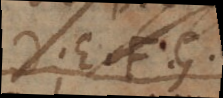
D, E, F, G,